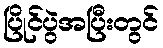
ပြိုင်ပွဲအပြီးတွင်